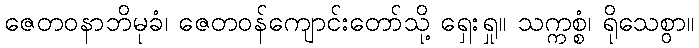
ဇေတဝနာဘိမုခံ၊ ဇေတဝန်ကျောင်းတော်သို့ ရှေးရှု။ သက္ကစ္စံ၊ ရိုသေစွာ။